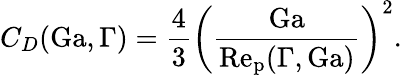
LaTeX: C_{D}(\mathrm{Ga},\Gamma)=\frac{4}{3}\bigg(\frac{\mathrm{Ga}}{\mathrm{Re_{p}}(\Gamma,\mathrm{Ga})}\bigg)^{2}.